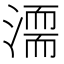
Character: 𣽈